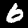
Label: 6